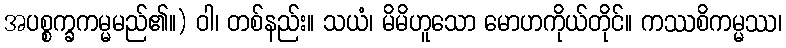
အပစ္စက္ခကမ္မမည်၏။) ဝါ၊ တစ်နည်း။ သယံ၊ မိမိဟူသော မောဟကိုယ်တိုင်။ ကဿစိကမ္မဿ၊